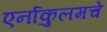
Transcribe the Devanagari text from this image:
एर्नाकुलमचे